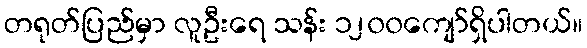
တရုတ်ပြည်မှာ လူဦးရေ သန်း ၁၂၀၀ကျော်ရှိပါတယ်။